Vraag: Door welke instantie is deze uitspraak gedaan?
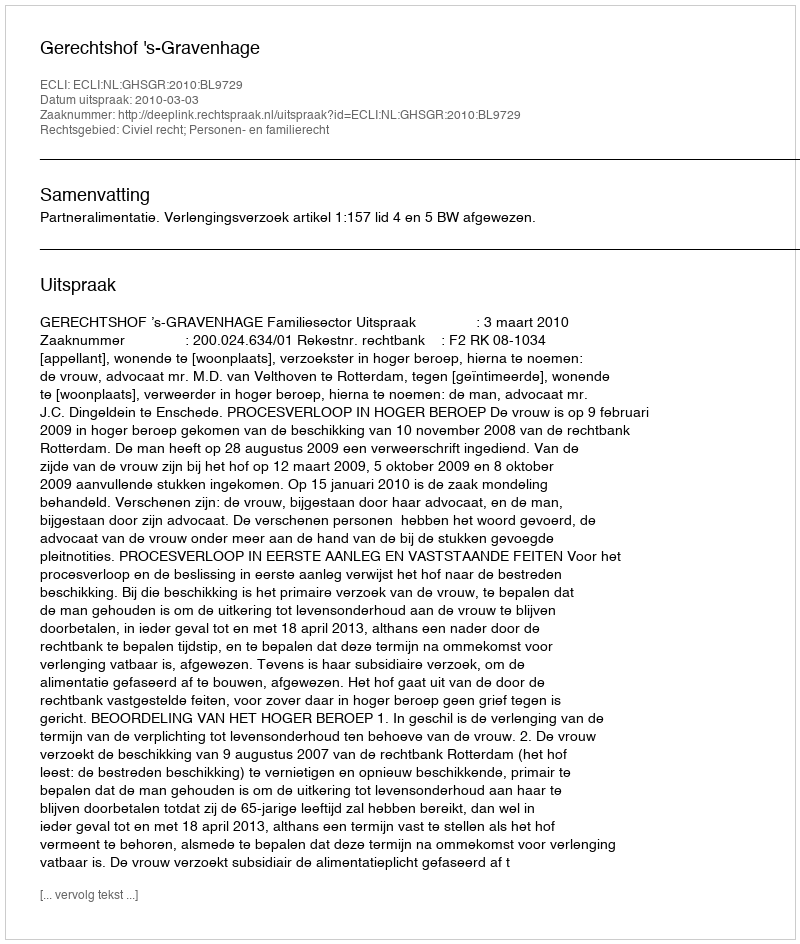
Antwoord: Gerechtshof 's-Gravenhage